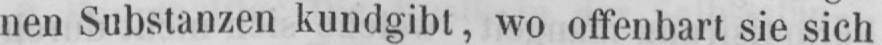
nen Substanzen kundgibt, wo offenbart sie sich